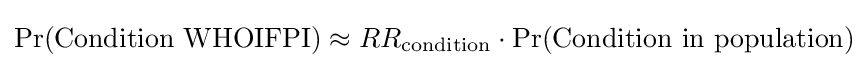
\Pr({\text{Condition WHOIFPI}})\approx RR_{\text{condition}}\cdot \Pr({\text{Condition in population}})